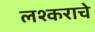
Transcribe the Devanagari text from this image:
लश्कराचे